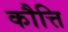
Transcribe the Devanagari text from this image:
कौत्ति